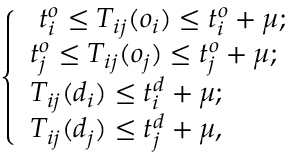
\left\{ \begin{array} { l l } { \ t _ { i } ^ { o } \leq T _ { i j } ( o _ { i } ) \leq t _ { i } ^ { o } + \mu ; } \\ { t _ { j } ^ { o } \leq T _ { i j } ( o _ { j } ) \leq t _ { j } ^ { o } + \mu ; } \\ { T _ { i j } ( d _ { i } ) \leq t _ { i } ^ { d } + \mu ; } \\ { T _ { i j } ( d _ { j } ) \leq t _ { j } ^ { d } + \mu , } \end{array} \right.